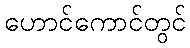
ဟောင်ကောင်တွင်